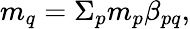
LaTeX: m_{q}=\Sigma_{p}{m_{p}\beta_{pq}},